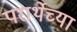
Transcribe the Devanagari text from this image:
परार्थेच्या